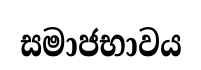
සමාජභාවය